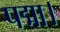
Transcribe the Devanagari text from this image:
पद्मा।